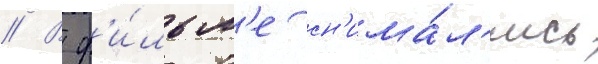
// В ф'и́льм'е сн'има́л'ись